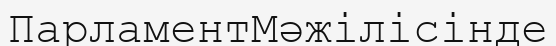
ПарламентМәжілісінде